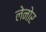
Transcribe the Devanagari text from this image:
लेनोर